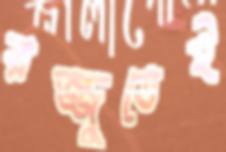
রজ্জুতেই